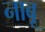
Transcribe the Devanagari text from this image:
नाबू